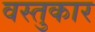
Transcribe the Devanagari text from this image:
वस्तुकार